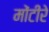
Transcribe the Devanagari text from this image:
मोंटीरे